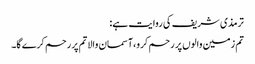
ترمذی شریف کی روایت ہے:
تم زمین والوں پر رحم کرو،آسمان والا تم پر رحم کرے گا۔